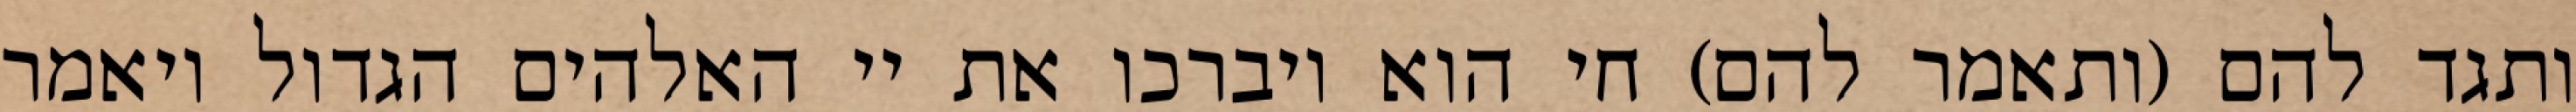
ותגד להם (ותאמר להם) חי הוא ויברכו את יי האלהים הגדול ויאמר